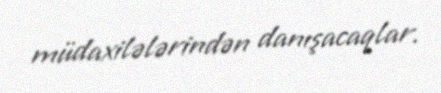
müdaxilələrindən danışacaqlar.